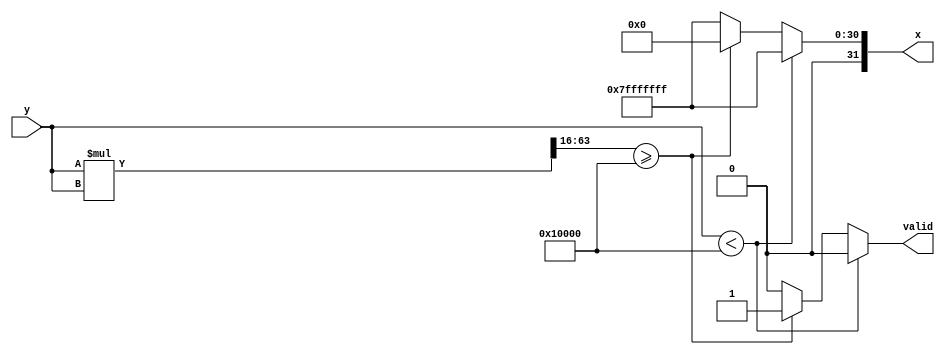
module acosh (
    input wire [31:0] y,         // Input value (fixed-point representation)
    output reg [31:0] x,         // Output value (acosh result)
    output reg valid              // Output valid signal
);

    // Constants for fixed-point representation
    parameter FIXED_POINT_FRACTIONAL_BITS = 16;
    parameter FIXED_POINT_SCALE = 1 << FIXED_POINT_FRACTIONAL_BITS;

    // Internal signals
    reg [63:0] y_squared;         // High precision square of y
    reg [31:0] sqrt_term;         // sqrt(y^2 - 1)
    reg [31:0] ln_term;           // ln(y + sqrt(y^2 - 1))

    always @(*) begin
        valid = 1'b0;             // Default to invalid output

        if (y < FIXED_POINT_SCALE) begin
            // If y < 1, output is invalid (NaN or similar)
            x = 32'h7FFFFFFF;     // NaN representation
        end else begin
            // Compute y^2
            y_squared = (y * y) >> FIXED_POINT_FRACTIONAL_BITS; // Fixed-point square
            
            // Compute y^2 - 1
            if (y_squared >= FIXED_POINT_SCALE) begin
                // Compute sqrt(y^2 - 1) - Ensure no underflow
                sqrt_term = sqrt(y_squared - FIXED_POINT_SCALE); // Custom sqrt function call

                // Compute acosh using the formula
                x = ln(y + sqrt_term); // Custom ln function call

                valid = 1'b1;         // Mark output as valid
            end else begin
                x = 32'h7FFFFFFF;     // NaN representation
            end
        end
    end

    // Placeholder for custom sqrt function
    function [31:0] sqrt(input [63:0] value);
        // Implement square root here (e.g., using an iterative method or CORDIC)
        // For demonstration, return a dummy value
        sqrt = 32'h00000000; // Replace with actual sqrt calculation
    endfunction

    // Placeholder for custom ln function
    function [31:0] ln(input [31:0] value);
        // Implement natural logarithm here (e.g., using Taylor series or CORDIC)
        // For demonstration, return a dummy value
        ln = 32'h00000000; // Replace with actual ln calculation
    endfunction

endmodule